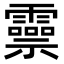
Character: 𬰑